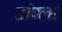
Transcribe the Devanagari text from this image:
दांग्ला